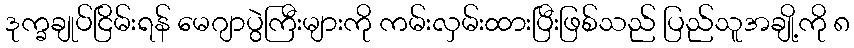
ဒုက္ခချုပ်ငြိမ်းရန် မေဂျာပွဲကြီးများကို ကမ်းလှမ်းထားပြီးဖြစ်သည် ပြည်သူအချို့ကို ၈